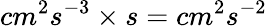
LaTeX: cm^{2}s^{-3}\times s=cm^{2}s^{-2}